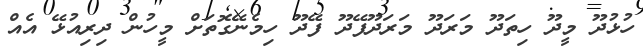
ހުޅުދޫ މީދޫ ހިތަދޫ މަރަދޫ މަރަދޫފޭދޫ ފޭދޫ ހިމެނޭގޮތަށް މީހުން ދިރިއުޅޭ އެއް